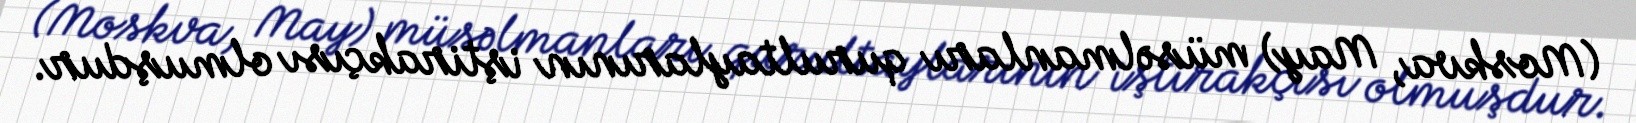
(Moskva, May) müsəlmanları qurultaylarının iştirakçısı olmuşdur.